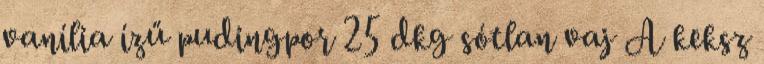
vanília ízű pudingpor 25 dkg sótlan vaj A keksz